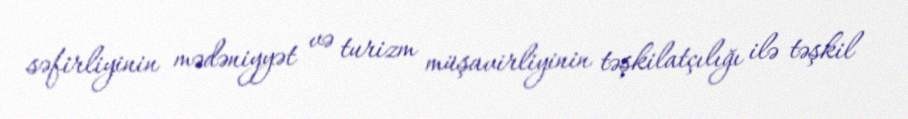
səfirliyinin mədəniyyət və turizm müşavirliyinin təşkilatçılığı ilə təşkil